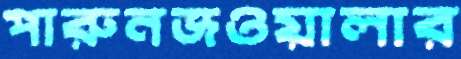
পারুনজওয়ালার